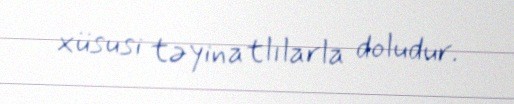
xüsusi təyinatlılarla doludur.